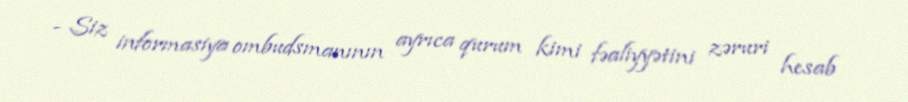
- Siz informasiya ombudsmanının ayrıca qurum kimi fəaliyyətini zəruri hesab